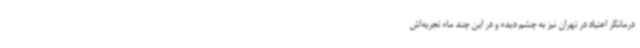
درمانگر اعتیاد در تهران نیز به چشم دیده و در این چند ماه تجربه‌اش